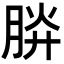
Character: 𣍹